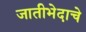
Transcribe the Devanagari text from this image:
जातीभेदाचे